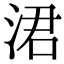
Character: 涒